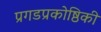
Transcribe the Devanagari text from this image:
प्रगडप्रकोष्ठिकी